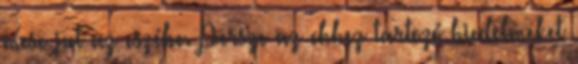
mese jut az eszébe. Persze az ehhez tartozó hiedelmeket